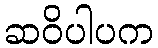
ဆဝိပါပက